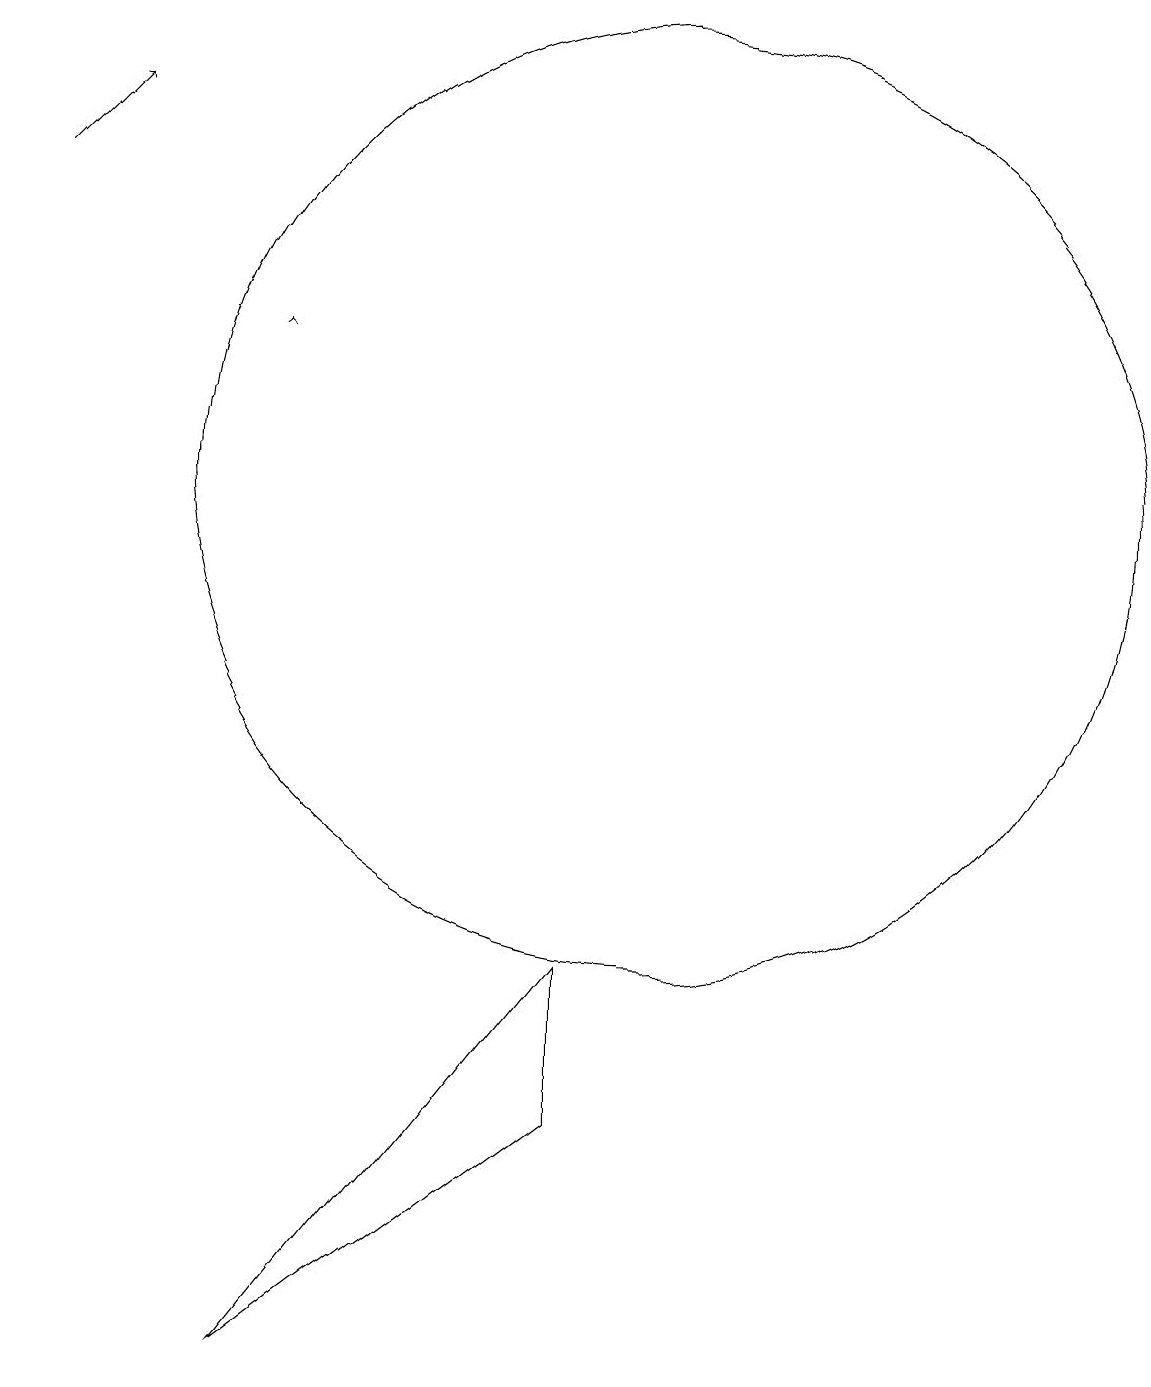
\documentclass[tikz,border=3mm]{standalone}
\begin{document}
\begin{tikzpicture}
\draw (5,0) -- (9,3) -- (9,5) -- cycle;
\draw[->] (5,13) -- (5,13);
\draw (10,11) circle (6);
\draw[->] (2,15) -- (3,16);
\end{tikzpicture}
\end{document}